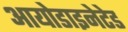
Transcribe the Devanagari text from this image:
आयोडाइनेटेड